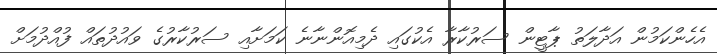
އެހެންކަމުން އަދާލަތު ޕާޓީން ސަރުކާރާ އެކުގައި ދެމިއޮންނާނެ ކަމަށާއި ސަރުކާރުގެ ވައުދުތައް ފުއްދުމަށް